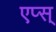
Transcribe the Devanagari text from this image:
एप्स्